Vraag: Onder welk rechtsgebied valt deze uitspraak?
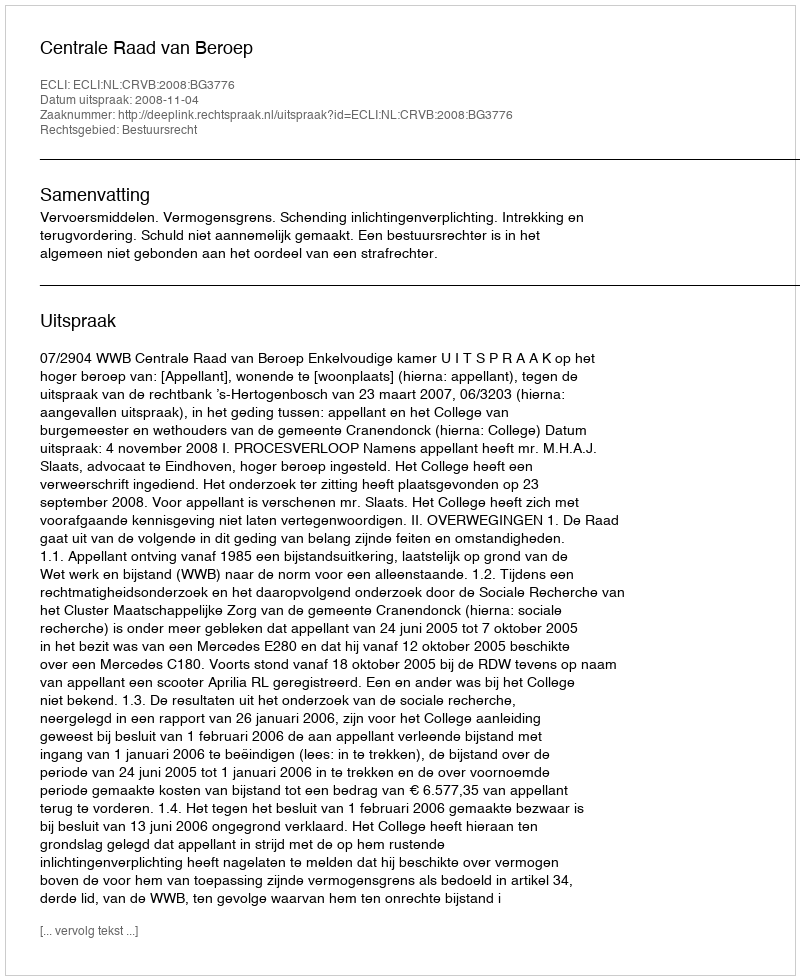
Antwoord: Bestuursrecht